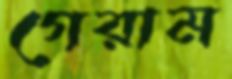
গেরাম